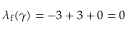
\lambda _ { \mathrm { f } } ( \gamma ) = - 3 + 3 + 0 = 0